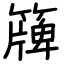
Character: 簰